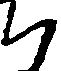
ち